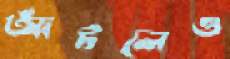
আঁটলেও